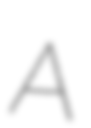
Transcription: A